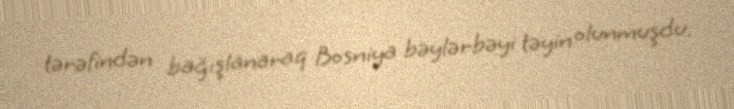
tərəfindən bağışlanaraq Bosniya bəylərbəyi təyin olunmuşdu.